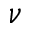
\nu